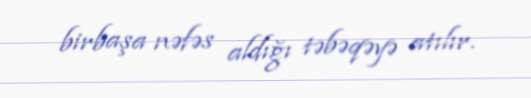
birbaşa nəfəs aldığı təbəqəyə atılır.